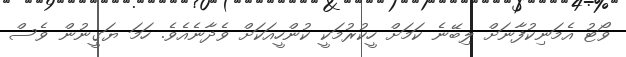
ވޯޓު އެމަނިކުފާނަށް ލިބޭނެ ކަމަށް ހީކުރުމަކީ ކުންހީއަކަށް ވެދާނެއެވެ. ހަމަ ޔަގީނުން ވެސް